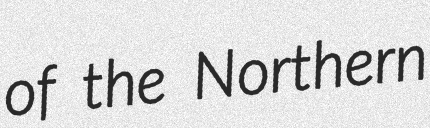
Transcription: of the Northern